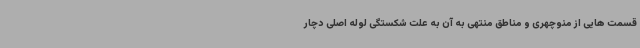
قسمت هایی از منوچهری و مناطق منتهی به آن به علت شکستگی لوله اصلی دچار